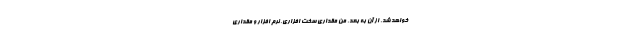
خواهد شد. از آن به بعد، من مقداری سخت افزاری، نرم افزار و مقداری